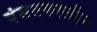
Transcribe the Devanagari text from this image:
वंसतकालीन